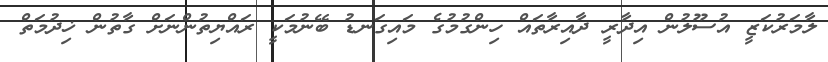
ލާމަރުކަޒީ އުސޫލުން އިދާރީ ދާއިރާތައް ހިންގުމުގެ މައިގަނޑު ބޭނުމަކީ ރައްޔިތުންނަށް ގާތުން ޚިދުމަތް